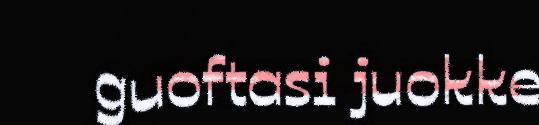
guoftasi juokke